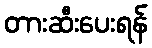
တားဆီးပေးရန်